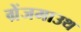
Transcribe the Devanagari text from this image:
ग्रेंजमाउथ